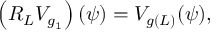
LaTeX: \left( R _ { L } V _ { g _ { 1 } } \right) ( \psi ) = V _ { g ( L ) } ( \psi ) ,